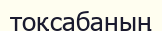
тоқсабаның